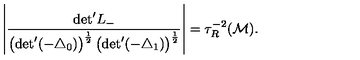
\left| \frac { \mathrm { d e t } ^ { \prime } L _ { - } } { \left( \mathrm { d e t } ^ { \prime } ( - { \triangle } _ { 0 } ) \right) ^ { \frac { 1 } { 2 } } \left( \mathrm { d e t } ^ { \prime } ( - { \triangle } _ { 1 } ) \right) ^ { \frac { 1 } { 2 } } } \right| = { \tau } _ { R } ^ { - 2 } ( { \cal M } ) .